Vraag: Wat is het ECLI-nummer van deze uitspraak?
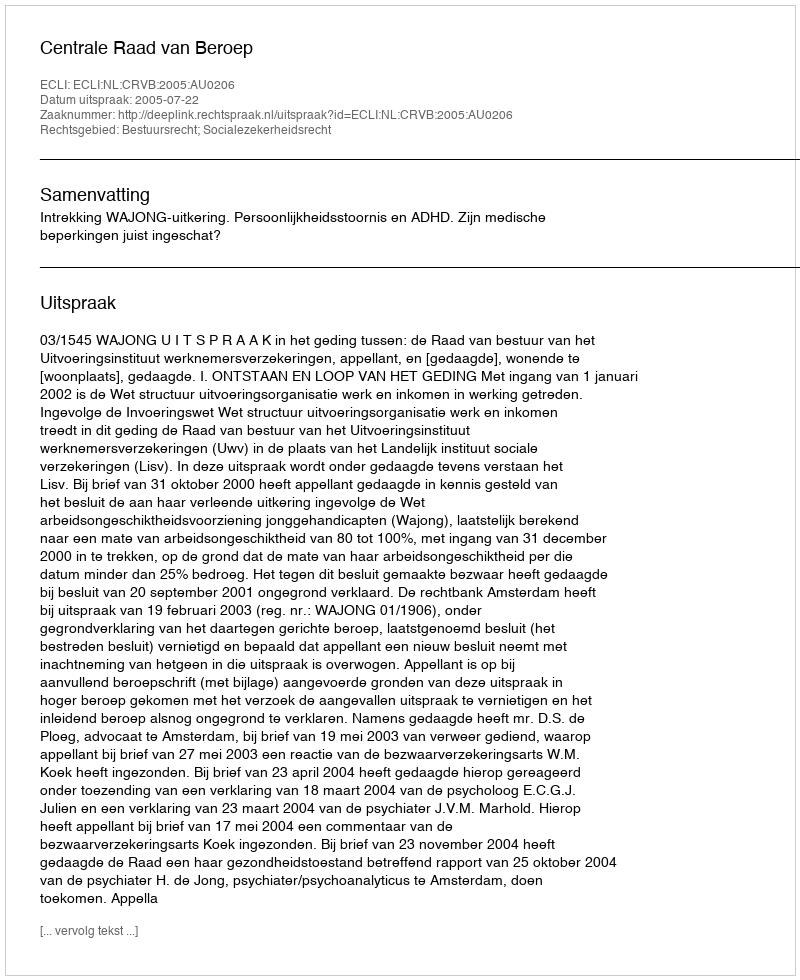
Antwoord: ECLI:NL:CRVB:2005:AU0206